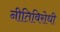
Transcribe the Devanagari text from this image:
नीतिविरोधी